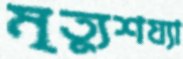
মৃত্যুশয্যা